Annual administration report of the Civil Veterinary Department of India - 1900-1901
Year: 1900
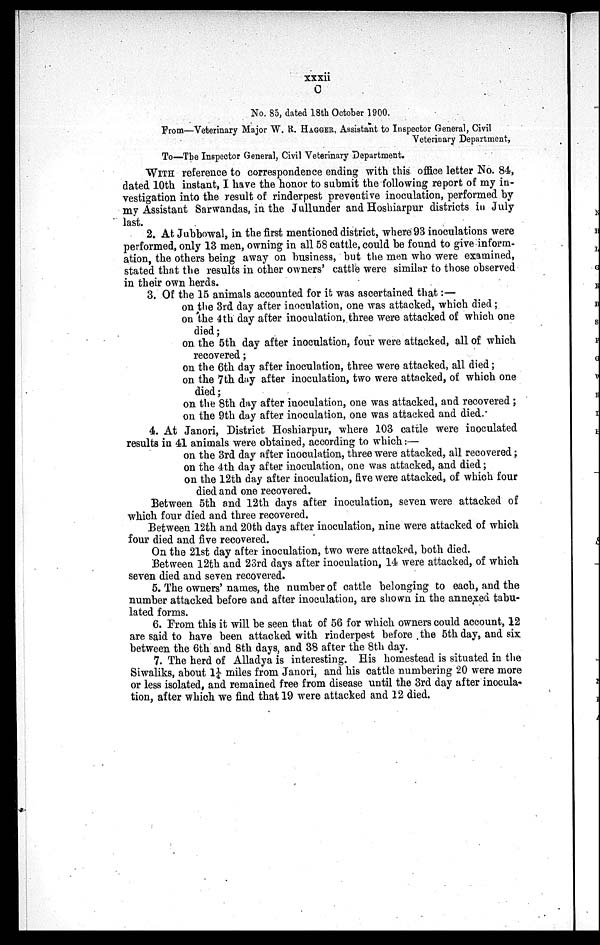
xxxii
C
No. 85, dated 18th October 1900.
From—Veterinary Major W. R. HAGGER , Assistant to Inspector General, Civil
Veterinary Department,
To—The Inspector General, Civil Veterinary Department.
WITH reference to correspondence ending with this office letter No. 84,
dated 10th instant, I have the honor to submit the following report of my in-
vestigation into the result of rinderpest preventive inoculation, performed by
my Assistant Sarwandas, in the Jullunder and Hoshiarpur districts in July
last.
2. At Jubbowal, in the first mentioned district, where 93 inoculations were
performed, only 13 men, owning in all 58 cattle, could be found to give inform-
ation, the others being away on business, but the men who were examined,
stated that the results in other owners' cattle were similar to those observed
in their own herds.
3. Of the 15 animals accounted for it was ascertained that:—
on the 3rd day after inoculation, one was attacked, which died;
on the 4th day after inoculation, three were attacked of which one
died;
on. the 5th day after inoculation, four were attacked, all of which
recovered;
on the 6th day after inoculation, three were attacked, all died;
on the 7th day after inoculation, two were attacked, of which one
died;
on the 8th day after inoculation, one was attacked, and recovered;
on the 9th day after inoculation, one was attacked and died.
4. At Janori, District Hoshiarpur, where 103 cattle were inoculated
results in 41 animals were obtained, according to which:—
on the 3rd day after inoculation, three were attacked, all recovered;
on the 4th day after inoculation, one was attacked, and died;
on the 12th day after inoculation, five were attacked, of which four
died and one recovered.
Between 5th and 12th days after inoculation, seven were attacked of
which four died and three recovered.
Between 12th and 20th days after inoculation, nine were attacked of which
four died and five recovered.
On the 21st day after inoculation, two were attacked, both died.
Between 12th and 23rd days after inoculation, 14 were attacked, of which
seven died and seven recovered.
5. The owners' names, the number of cattle belonging to each, and the
number attacked before and after inoculation, are shown in the annexed tabu-
lated forms.
6. From this it will be seen that of 56 for which owners could account, 12
are said to have been attacked with rinderpest before the 5th day, and six
between the 6th and 8th days, and 38 after the 8th day.
7. The herd of Alladya is interesting. His homestead is situated in the
Siwaliks, about 1¼ miles from Janori, and his cattle numbering 20 were more
or less isolated, and remained free from disease until the 3rd day after inocula-
tion, after which we find that 19 were attacked and 12 died.